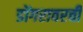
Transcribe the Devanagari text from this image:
डोंगरावरची